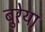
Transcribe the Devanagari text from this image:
बुरेया